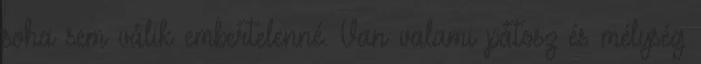
soha sem válik embertelenné. Van valami pátosz és mélység